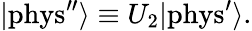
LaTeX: |\mathrm{{phys^{\prime\prime}}}\rangle\equiv U_{2}|{\mathrm{phys}}^{\prime}\rangle.